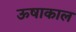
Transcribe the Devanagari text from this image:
ऊषाकाल